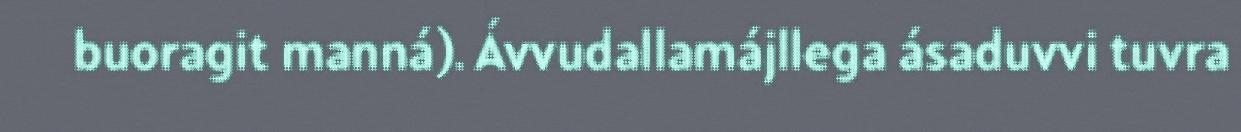
buoragit manná). Ávvudallamájllega ásaduvvi tuvra